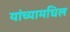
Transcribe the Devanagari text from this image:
यांच्यामधिल